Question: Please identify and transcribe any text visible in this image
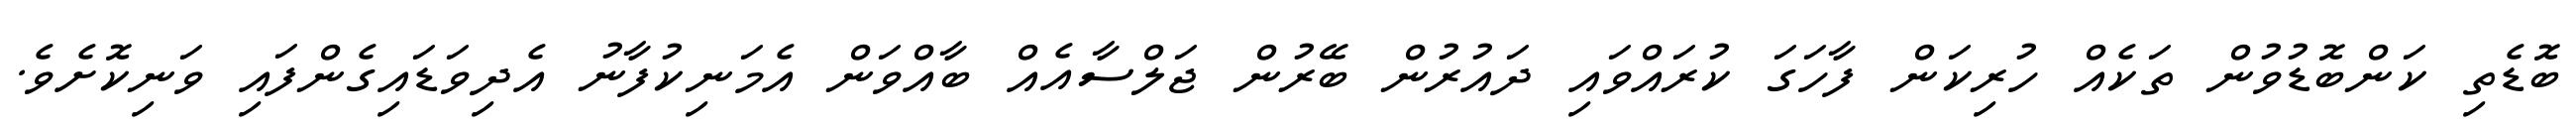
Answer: ބޮޑެތި ކަންބޮޑުވުން ތަކެއް ހުރިކަން ފާހަގަ ކުރައްވައި ދައުރުން ބޭރުން ޖަލްސާއެއް ބާއްވަން އެމަނިކުފާނު އެދިވަޑައިގެންފައި ވަނިކޮށެވެ.